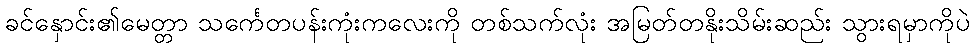
ခင်နှောင်း၏မေတ္တာ သင်္ကေတပန်းကုံးကလေးကို တစ်သက်လုံး အမြတ်တနိုးသိမ်းဆည်း သွားရမှာကိုပဲ